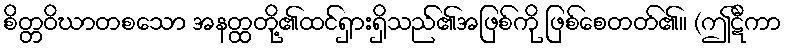
စိတ္တဝိဃာတစသော အနတ္ထတို့၏ထင်ရှားရှိသည်၏အဖြစ်ကို ဖြစ်စေတတ်၏။ (ဤဋီကာ